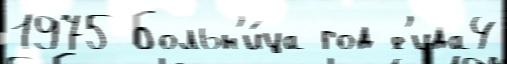
1975 Больн'и́ца год ́с'ида4